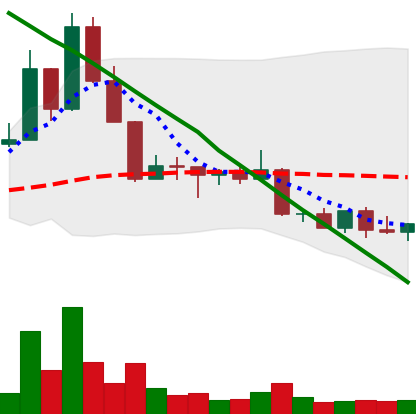
Ticker: DOGE-USD
Chart end date: 2022-09-01
Forward return: -5.433%
Label: down_5_7